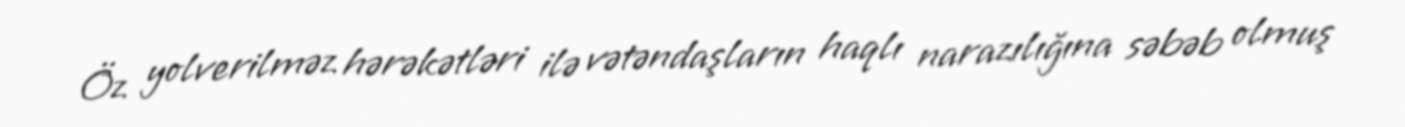
Öz yolverilməz hərəkətləri ilə vətəndaşların haqlı narazılığına səbəb olmuş